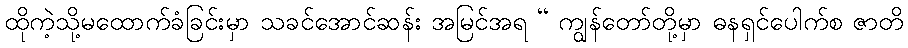
ထိုကဲ့သို့မထောက်ခံခြင်းမှာ သခင်အောင်ဆန်း အမြင်အရ “ ကျွန်တော်တို့မှာ ဓနရှင်ပေါက်စ ဇာတိ